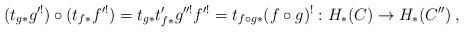
LaTeX: \begin{align*}(t_{g*}g'^!) \circ (t_{f*}f'^!)= t_{g*}t'_{f*}g''^!f'^!= t_{f\circ g*}(f\circ g)^!: H_*(C)\to H_*(C'')\:,\end{align*}